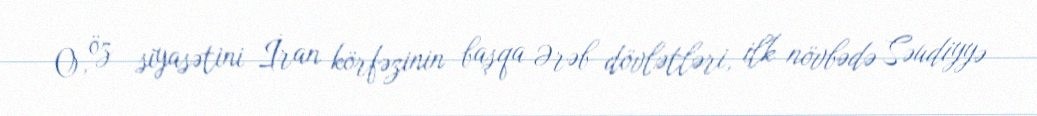
O, öz siyasətini İran körfəzinin başqa Ərəb dövlətləri, ilk növbədə Səudiyyə